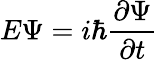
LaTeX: E\Psi=i\hbar{\frac{\partial\Psi}{\partial t}}\,